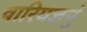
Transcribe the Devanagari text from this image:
वारियज्ञनुं